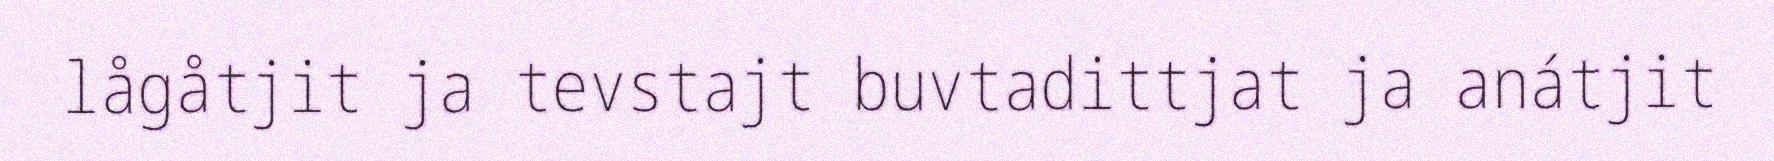
lågåtjit ja tevstajt buvtadittjat ja anátjit